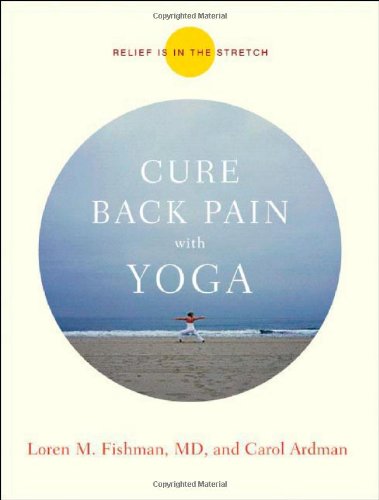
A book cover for Cure Back Pain with Yoga; Loren Fishman; Health, Fitness & Dieting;